Report on sanitation, dispensaries, and jails in Rajputana for 1912, and on vaccination for the year 1912-1913 - 1912-1913
Year: 1912
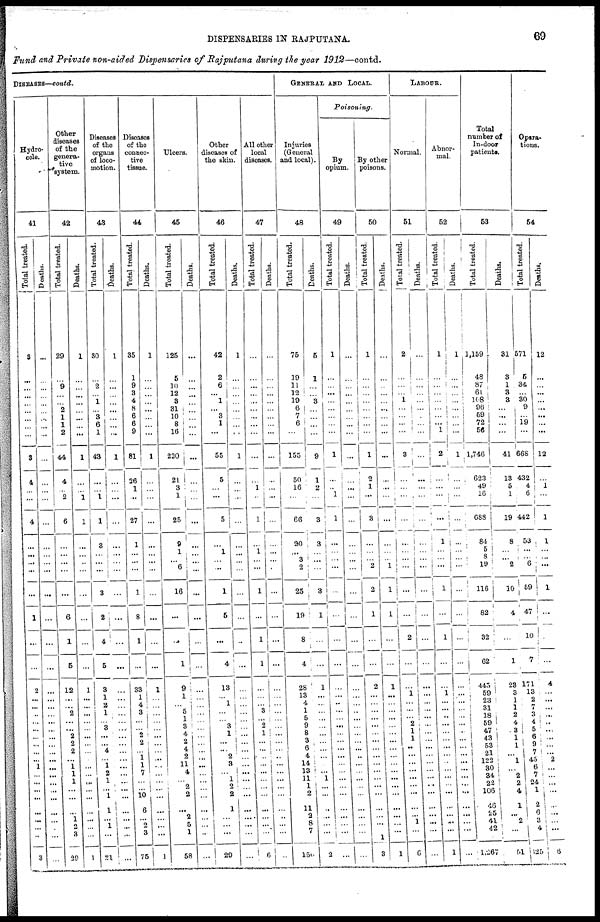
DISPENSARIES IN RAJPUTANA.
69
Fund and Private non-aided Dispensaries of Rajputana during the year 1912—contd.
DISEASES—contd.
Hydro-
cele.
41
Total treated.
3
...
...
...
...
...
...
...
...
3
4
...
...
4
...
...
...
...
...
1
...
2
...
...
...
...
...
...
...
...
...
1
...
...
...
...
...
...
...
...
3
Deaths.
...
...
...
...
...
...
...
...
...
...
...
...
...
...
...
...
...
...
...
...
...
...
...
...
...
...
...
...
...
...
...
...
...
...
...
...
...
...
...
...
...
...
Other
diseases
of the
genera-
tive
system.
42
Total treated.
29
...
9
...
...
2
1
1
2
44
4
... 2
6
...
...
...
...
...
6
1
5
12
...
...
2
...
...
2
2
2
...
1
1
1
...
...
...
1
...
3
29
Deaths.
1
...
...
...
...
...
...
...
...
1
...
...
1
1
...
...
...
...
...
...
...
1
...
...
...
...
...
...
...
...
...
...
...
...
...
...
...
...
...
...
1
Diseases
of the
organs
of loco-
motion.
43
Total treated.
30
...
2
......
1
...
3
6
1
43
...
1
1
1
3
...
...
...
3
2
4
5
3
1
2
1
...
3
...
...
4
...
1 2
1
...
1
1
...
1
...
21
Deaths.
1
...
...
...
...
...
...
...
...
1
...
...
...
...
...
...
...
...
...
...
...
...
...
...
...
...
...
...
...
...
...
...
...
...
...
...
...
...
...
...
...
...
Diseases
of the
connec-
tive
tissue.
44
Total treated.
35
1
9
3
4
8
6
6
9
81
26
1
...
27
1
...
...
...
1
8
1
...
33
1
4
3
...
...
2
2
...
1
1
7
...
...
10
6
...
2
3
75
Deaths.
1
...
...
...
...
...
...
...
...
1
...
...
...
...
...
...
...
...
...
...
...
1
...
...
...
...
...
...
...
...
...
...
...
...
...
...
...
...
...
...
1
Ulcers.
45
Total treated.
125
5
10
12
3
31
10
8
16
220
21
3
1
25
9
1
...
6
16
...
...
1
9
1
...
5
1
3
4
2
4
2
11
4
...
2
2
...
2
5
1
58
Deaths.
...
...
...
...
...
...
...
...
...
...
...
...
...
...
...
...
...
...
...
...
...
...
...
...
...
...
...
...
...
...
...
...
...
...
...
...
...
...
...
...
...
...
Other
diseases of
the skin.
46
Total treated.
42
2
6
...
1
...
3
1
...
55
5
...
...
5
...
1
...
...
1
5
...
4
13
...
1
...
...
3
1
...
...
2
3
...
1
2
2
1
...
...
...
29
Deaths.
1
...
...
...
...
...
...
...
...
1
...
...
...
...
...
...
...
...
...
...
...
...
...
...
...
...
...
...
...
...
...
...
...
...
...
...
...
...
...
...
...
...
All other
local
diseases.
47
Total treated.
...
...
...
...
...
...
...
...
...
...
...
1
...
1
...
1
...
...
1
...
1
1
...
...
...
3
...
2
1
...
...
...
...
...
...
...
...
...
...
...
...
6
Deaths.
...
...
...
...
...
...
...
...
...
...
...
...
...
...
...
...
...
...
...
...
...
...
...
...
...
...
...
...
...
...
...
...
...
...
...
...
...
...
..
...
...
...
GENERAL AND LOCAL.
Injuries
(General
and local).
48
Total treated.
75
19
11
12
19
6
7
6
...
155
50
16
...
66
20
...
3
2
25
19
8
4
28
13
4
1
5
9
8
3
6
4
14
13
11
1
2
11
2
8
7
150
Deaths.
5
1
...
...
3
...
...
...
...
9
1
2
...
3
3
...
...
...
3
1
...
...
1
...
...
...
...
...
...
...
...
...
...
...
1
...
...
...
...
...
...
2
Poisoning.
By
opium.
49
Total treated.
1
...
...
...
...
...
...
...
...
1
...
... 1
1
...
...
...
...
...
...
...
...
...
...
...
...
...
...
...
...
...
...
...
...
...
...
...
...
...
...
...
...
Deaths.
...
...
...
...
...
...
...
...
...
...
...
...
...
...
...
...
...
...
...
...
...
...
...
...
...
...
...
...
...
...
...
...
...
...
...
...
...
...
...
...
...
...
By other
poisons.
50
Total treated.
1
...
...
...
...
...
...
...
...
1
2
1
...
3
...
...
...
2
2
1
...
...
2
...
...
...
...
...
...
...
...
...
...
...
...
...
...
...
...
...
1
3
Deaths.
...
...
...
...
...
...
...
...
...
...
...
...
...
...
...
...
...
1
1
1
...
...
1
...
...
...
...
...
...
...
...
...
...
...
...
...
...
...
...
...
...
1
LABOUR.
Normal.
51
Total treated.
2
...
...
...
1
...
...
...
...
3
...
...
...
...
...
...
...
...
...
...
2
...
...
1
...
...
...
2
1
1
...
...
...
...
...
...
...
...
...
1 ...
6
Deaths.
...
...
...
...
1
...
...
...
...
...
...
...
...
...
...
...
...
...
...
...
...
...
...
...
...
...
...
...
...
...
...
...
...
...
...
...
...
...
...
...
...
...
Abnor-
mal.
52
Total treated.
1
...
...
...
...
...
...
...
1
2
...
...
...
...
1
...
...
...
1
...
1
...
...
1
...
...
...
...
...
...
...
...
...
...
...
...
...
...
...
...
...
1
Deaths.
1
...
...
...
...
...
...
...
...
1
...
...
...
...
...
...
...
...
...
...
...
...
...
...
...
...
...
...
...
...
...
...
...
... ...
...
...
...
...
...
...
...
Total
number of
In-door
patients.
53
Total treated.
1,159
48
87
61
108
96
59
72
56
1,746
623
49
16
688
84
5
8
10
116
82
32
62
445
59
23
31
18
59
47
43
53
21
122
30
34
22
106
48
25
41
42
1,267
Deaths.
31
3
1
3
3
...
...
...
...
41
13
5
1
19
8
...
...
2
10
4
...
1
23
3
1
1
2
4
3
1
1
...
1
...
2
2
4
1
...
2
...
51
Opera¬
tions.
54
Total treated.
571
5
34
...
30
9
...
19
...
668
432
4
6
442
53
...
...
6
69
47
10
7
171
13
2
7
3
4
5
6
9
7
45
6
7
24
1
2
6 3
4
125
Deaths.
12
...
...
...
...
...
...
...
...
12
1
...
1
1
...
...
...
1
...
...
...
4
...
...
...
...
...
...
...
...
...
2
...
...
...
...
...
...
...
...
6